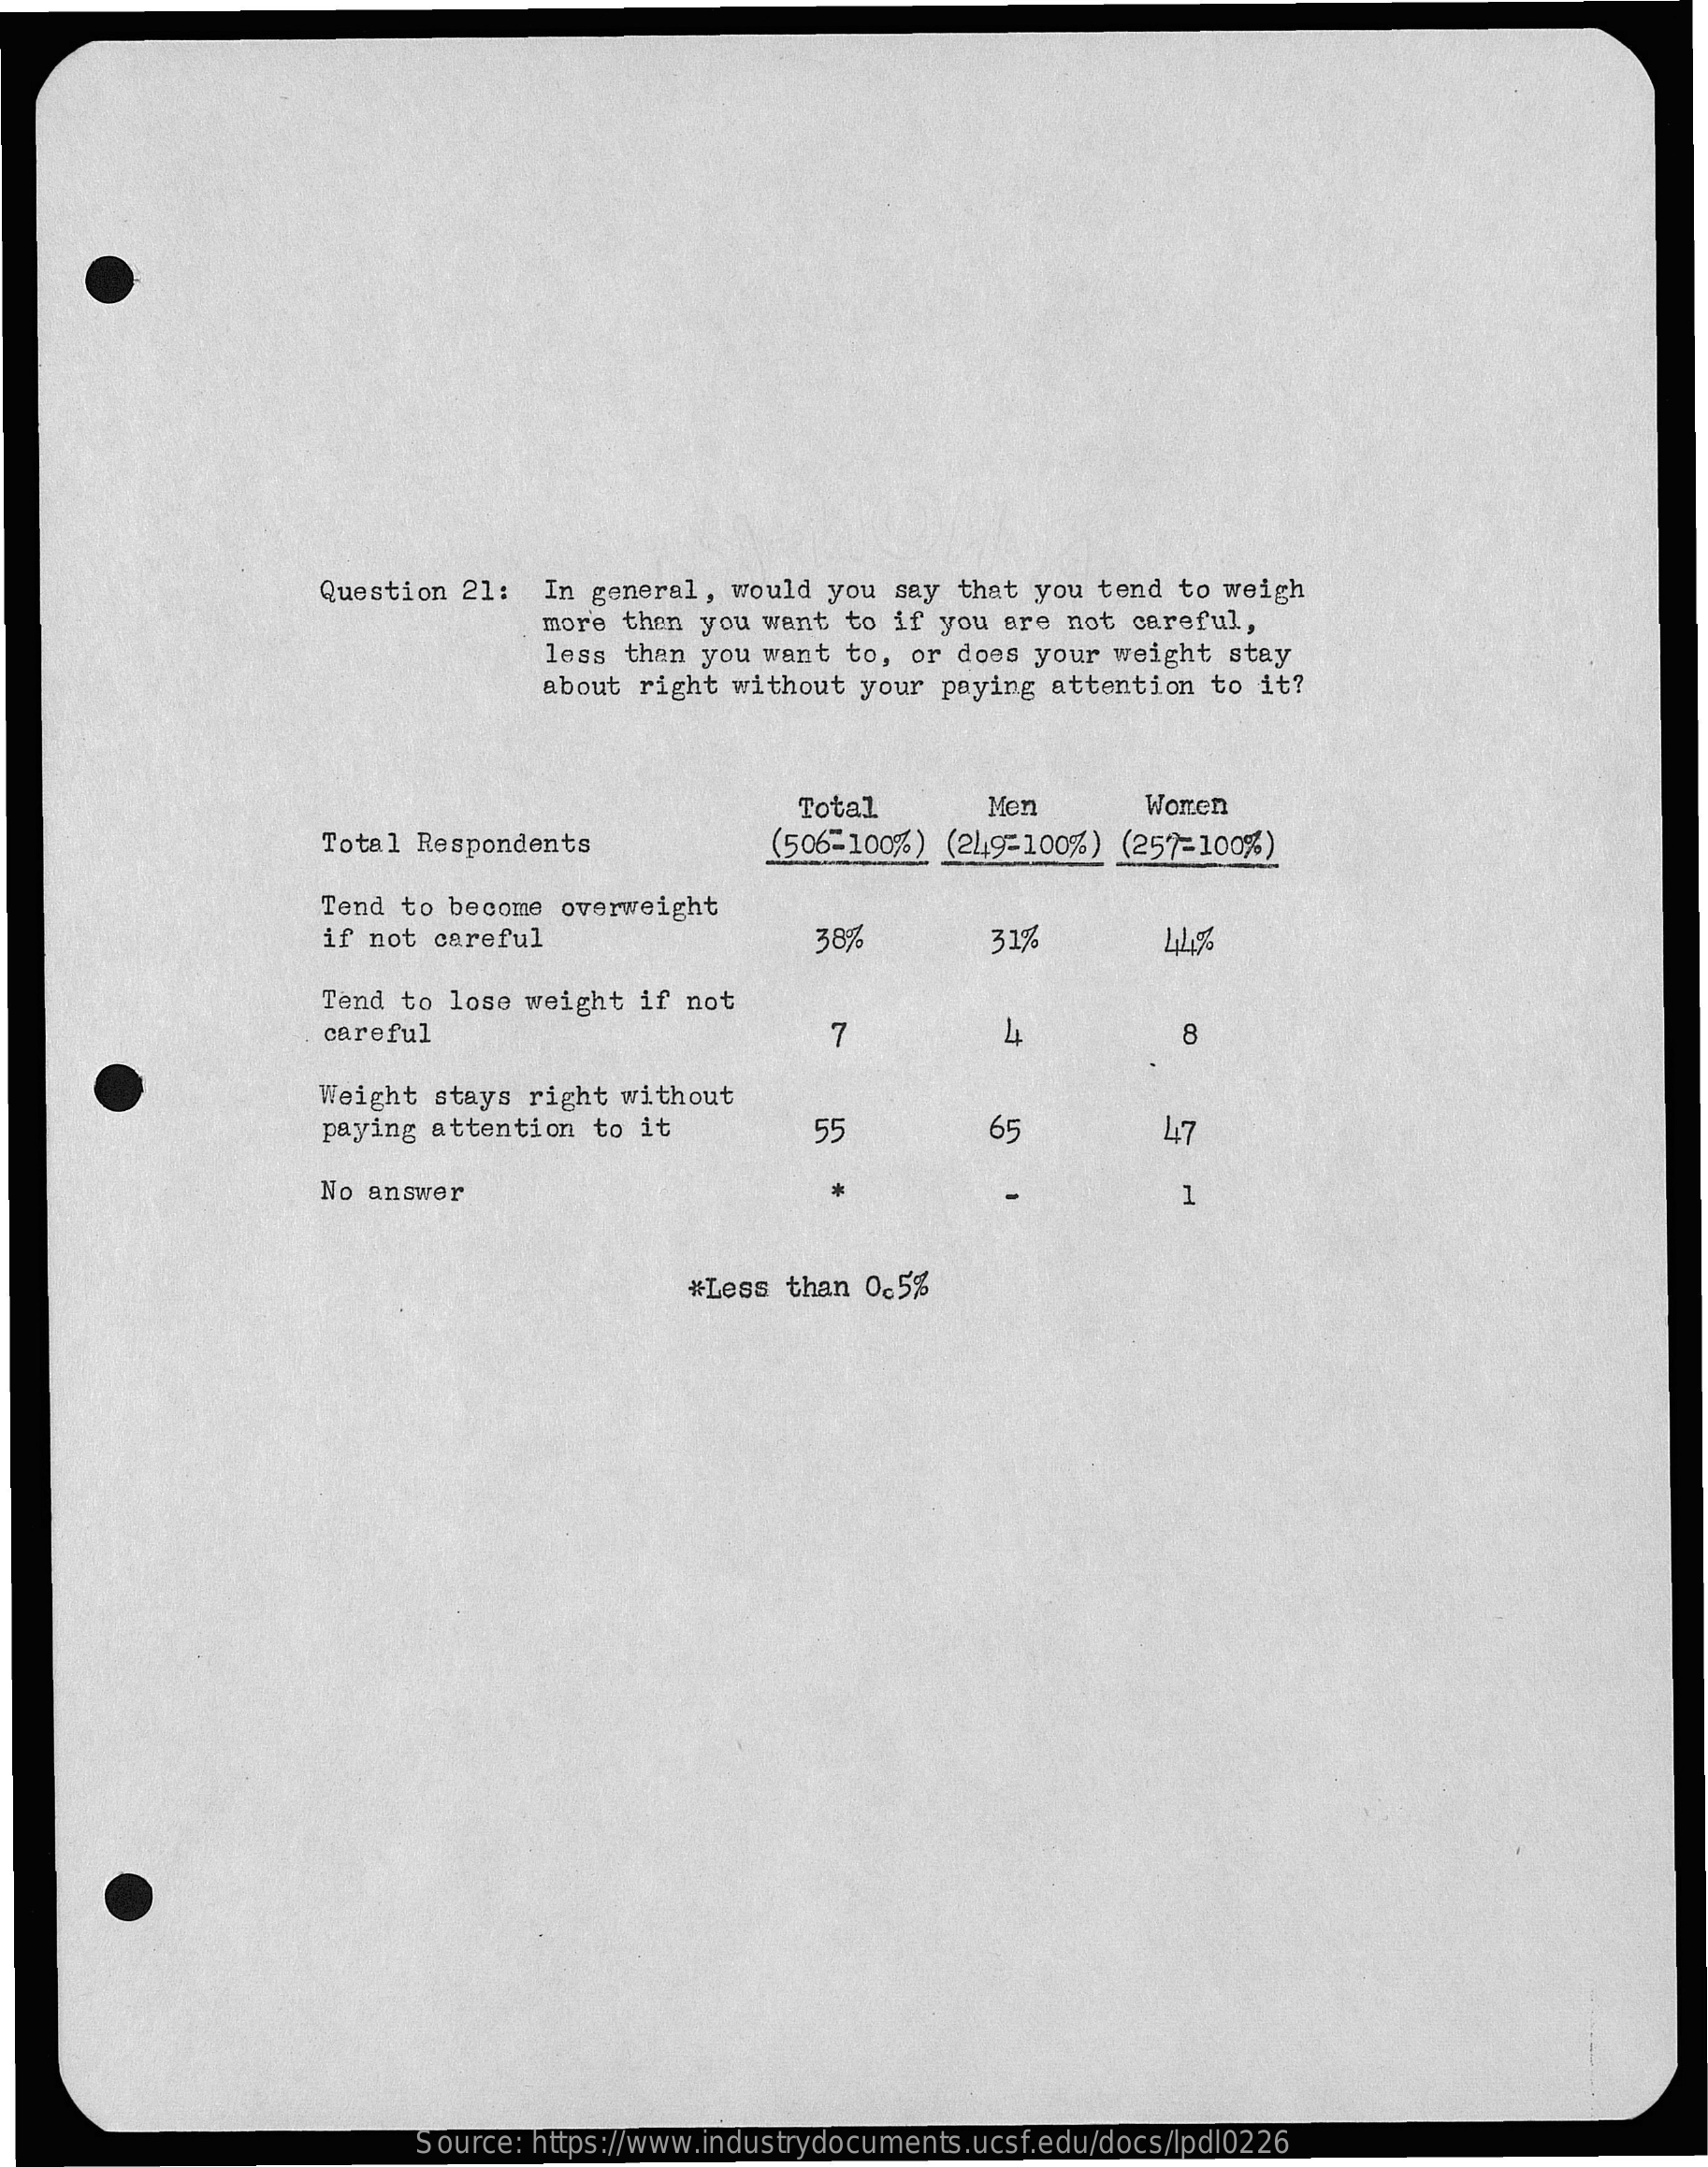
Question 21:   In general,  would you say  that you tend  to weigh
     more then you  want to if  you are not  careful,
     less than you  want to,  or does your weight  stay
     about right  without your  paying attention  to it?
     Total    Mon    Wonen
     Total Respondents    (506-100%)  (249-100% ) (257-100%)
     Tend to become  overweight
     if not careful    38%    31%
     Tend to lose  weight if not
     careful    7    4    8
     Weight stays  right without
     paying attention  to it    55    65    47
     No answer    1
     #Less than  0c5%
     Source: https://www.industrydocuments.ucsf.edu/docs/lpdl0226